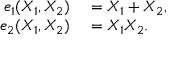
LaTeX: \begin{array} { r l } { e _ { 1 } ( X _ { 1 } , X _ { 2 } ) } & { { } = X _ { 1 } + X _ { 2 } , } \\ { e _ { 2 } ( X _ { 1 } , X _ { 2 } ) } & { { } = X _ { 1 } X _ { 2 } . \, } \end{array}